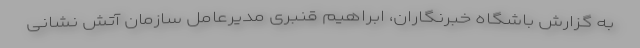
به گزارش باشگاه خبرنگاران، ابراهیم قنبری مدیرعامل سازمان آتش نشانی